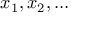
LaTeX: x _ { 1 } , x _ { 2 } , \ldots